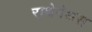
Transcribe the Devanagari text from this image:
राथेनेअस